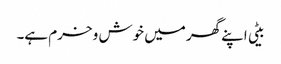
بیٹی اپنے گھر میں خوش و خرم ہے۔